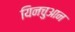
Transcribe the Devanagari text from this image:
यिनचुआन